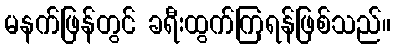
မနက်ဖြန်တွင် ခရီးထွက်ကြရန်ဖြစ်သည်။